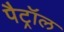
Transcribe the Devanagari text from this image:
पैट्रॉल